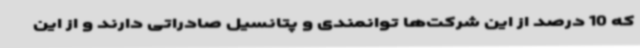
که 10 درصد از این شرکت‌ها توانمندی و پتانسیل صادراتی دارند و از این